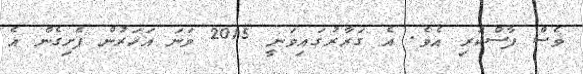
ވެސް ފާސްކުރި އެވެ. އެ ގަރާރުގައިވަނީ 2015 ވަނަ އަހަރުން ފެށިގެން އެ